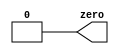
// Exercise 1-2: Output Zero
module zero_out (output zero);
    assign zero = 1'b0;
endmodule